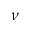
\nu